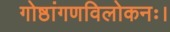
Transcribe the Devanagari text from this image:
गोष्ठांगणविलोकनः।